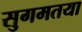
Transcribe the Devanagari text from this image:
सुगमतया